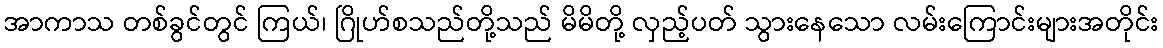
အာကာသ တစ်ခွင်တွင် ကြယ်၊ ဂြိုဟ်စသည်တို့သည် မိမိတို့ လှည့်ပတ် သွားနေသော လမ်းကြောင်းများအတိုင်း